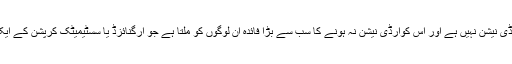
کوئی کوآرڈی نیشن نہیں ہے اور اس کوآرڈی نیشن نہ ہونے کا سب سے بڑا فائدہ ان لوگوں کو ملتا ہے جو آرگنائزڈ یا سسٹیمیٹک کرپشن کے ایکسپرٹ ہیں۔